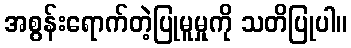
အစွန်းရောက်တဲ့ပြုမူမှုကို သတိပြုပါ။